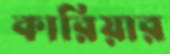
কারিয়ার